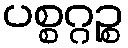
ပစ္စဂ္ဂဉ္စ